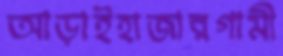
আড়াইহাজারগামী